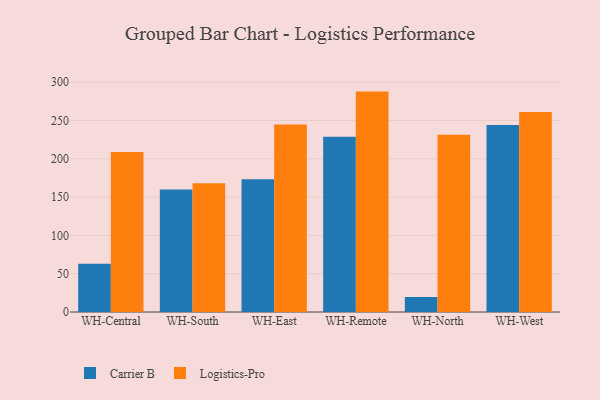
{"axis": {"x": "Warehouse", "y": "Population (Million)"}, "legend": ["Carrier B", "Logistics-Pro"], "data": [{"x": "WH-Central", "y": 63.1, "type": "Carrier B"}, {"x": "WH-Central", "y": 209.0, "type": "Logistics-Pro"}, {"x": "WH-South", "y": 159.8, "type": "Carrier B"}, {"x": "WH-South", "y": 168.0, "type": "Logistics-Pro"}, {"x": "WH-East", "y": 173.3, "type": "Carrier B"}, {"x": "WH-East", "y": 244.8, "type": "Logistics-Pro"}, {"x": "WH-Remote", "y": 228.8, "type": "Carrier B"}, {"x": "WH-Remote", "y": 287.7, "type": "Logistics-Pro"}, {"x": "WH-North", "y": 19.7, "type": "Carrier B"}, {"x": "WH-North", "y": 231.5, "type": "Logistics-Pro"}, {"x": "WH-West", "y": 244.0, "type": "Carrier B"}, {"x": "WH-West", "y": 261.2, "type": "Logistics-Pro"}]}